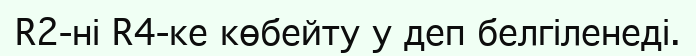
R2-ні R4-ке көбейту у деп белгіленеді.